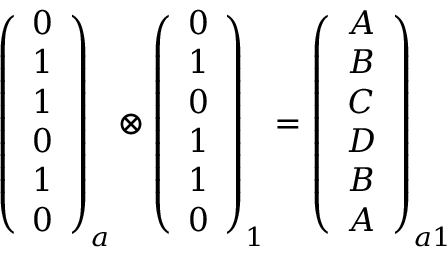
\begin{array} { r } { \left( \begin{array} { c } { 0 } \\ { 1 } \\ { 1 } \\ { 0 } \\ { 1 } \\ { 0 } \end{array} \right) _ { a } \otimes \left( \begin{array} { c } { 0 } \\ { 1 } \\ { 0 } \\ { 1 } \\ { 1 } \\ { 0 } \end{array} \right) _ { 1 } = \left( \begin{array} { c } { A } \\ { B } \\ { C } \\ { D } \\ { B } \\ { A } \end{array} \right) _ { a 1 } } \end{array}